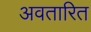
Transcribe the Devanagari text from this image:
अवतारित